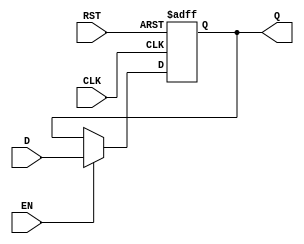
module output_register #(
    parameter WIDTH = 8  // Parameter for the bit-width of the register
)(
    input wire [WIDTH-1:0] D,    // Data input
    input wire CLK,                // Clock input
    input wire RST,                // Reset input
    input wire EN,                 // Enable input
    output reg [WIDTH-1:0] Q       // Data output
);

    // Synchronous Reset
    always @(posedge CLK or posedge RST) begin
        if (RST) begin
            Q <= {WIDTH{1'b0}};      // Reset output to zero
        end else if (EN) begin
            Q <= D;                  // Capture data input when enabled
        end
        // If EN is not asserted, Q retains its previous value
    end

endmodule